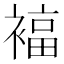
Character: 𰴃